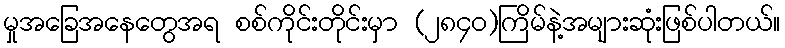
မှုအခြေအနေတွေအရ စစ်ကိုင်းတိုင်းမှာ (၂၈၄၀)ကြိမ်နဲ့အများဆုံးဖြစ်ပါတယ်။